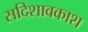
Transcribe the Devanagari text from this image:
सदिशावकाश